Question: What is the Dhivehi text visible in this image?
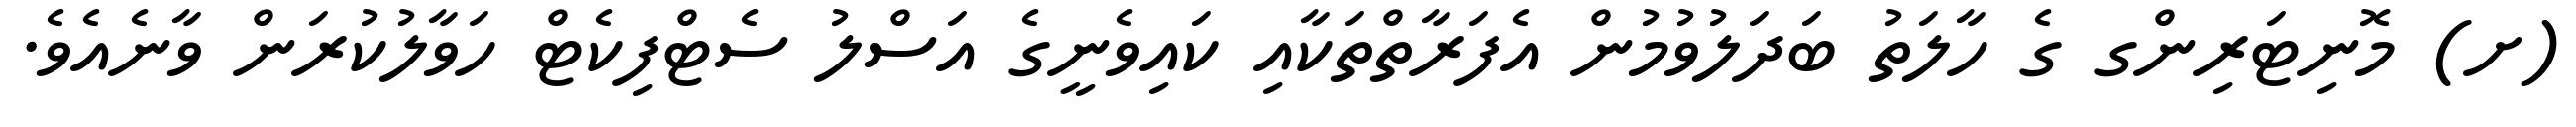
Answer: (ށ) މޮނިޓަރިންގ ގެ ހާލަތު ބަދަލުވުމުން އެފަރާތްތަކާއި ކައިވެނީގެ އަސްލު ސެޓްފިކެޓް ހަވާލުކުރަން ވާނެއެވެ.